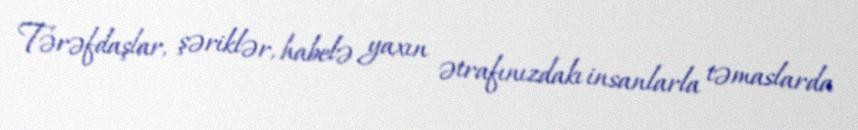
Tərəfdaşlar, şəriklər, habelə yaxın ətrafınızdakı insanlarla təmaslarda